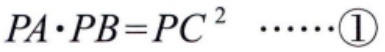
\(PA\cdot PB = PC^{2}\ \cdots\cdots\textcircled{1}\)